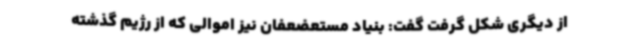
از دیگری شکل گرفت گفت: بنیاد مستعضعفان نیز اموالی که از رژیم گذشته